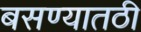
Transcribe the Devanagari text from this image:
बसण्यातठी